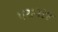
પરાગરજ